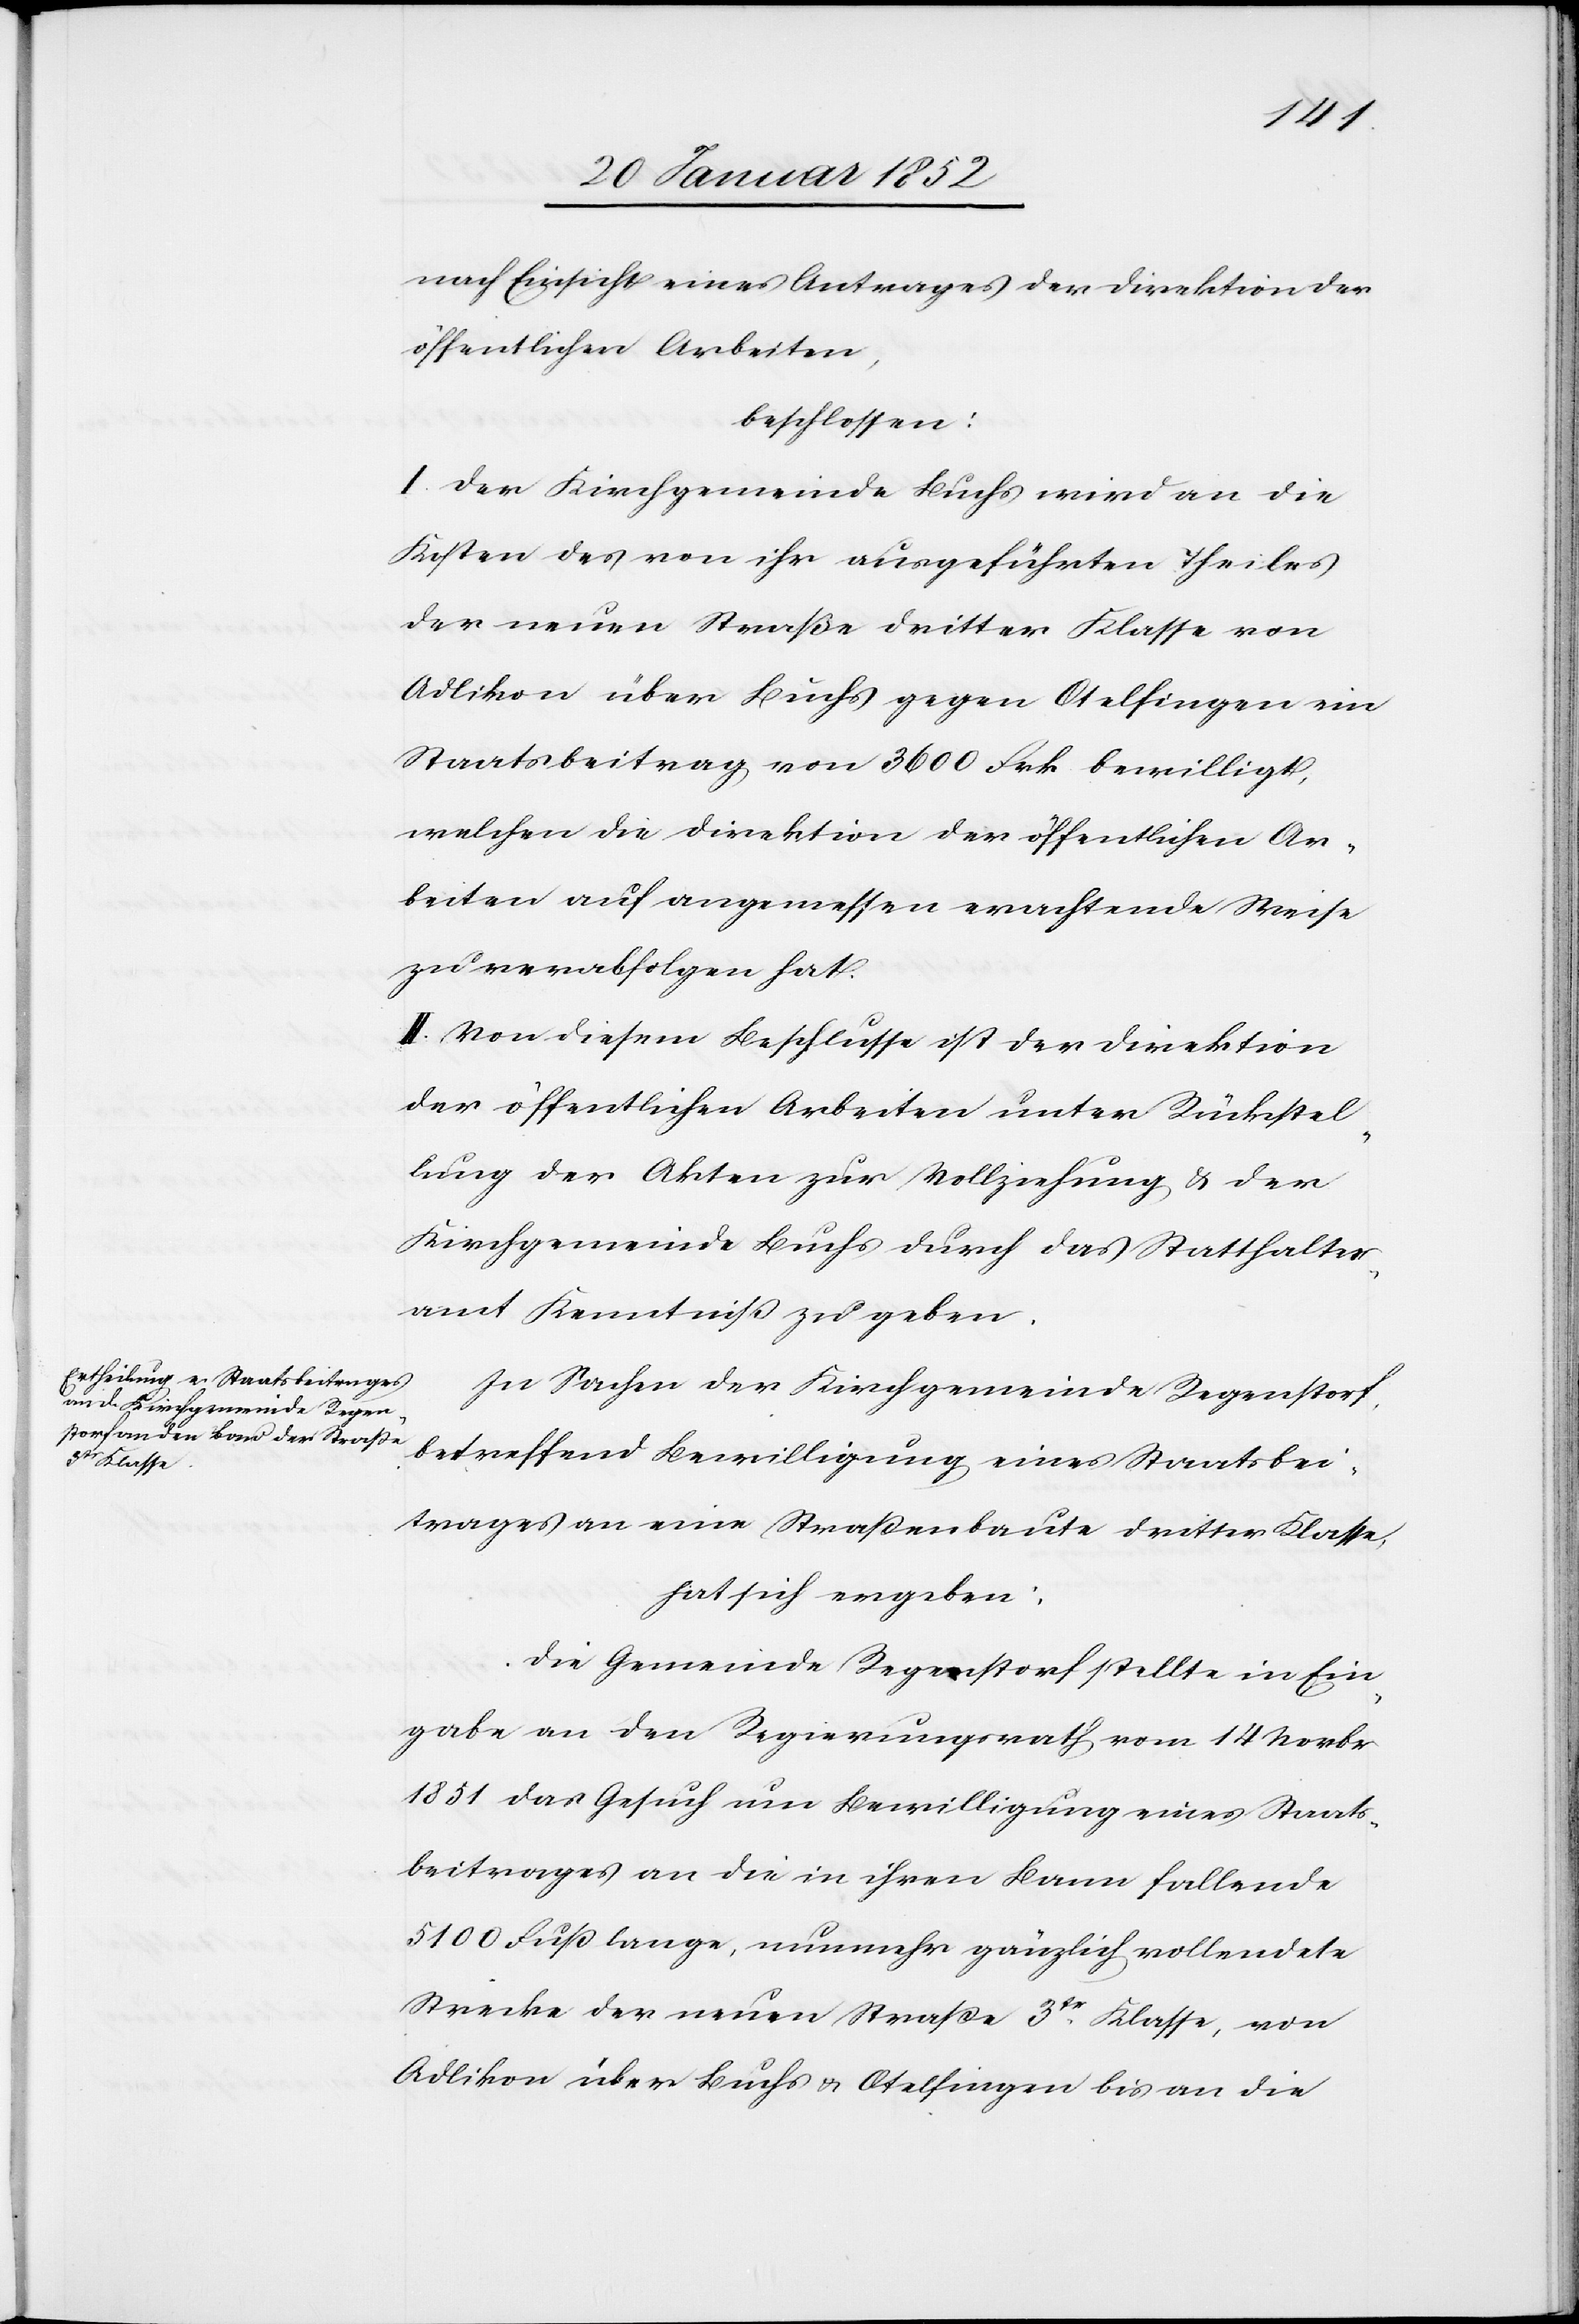
nach Einsicht eines Antrages der Direktion der
öffentlichen Arbeiten,
beschlossen:
I. Der Kirchgemeinde Buchs wird an die
Kosten des von ihr ausgeführten Theiles
der neuen Straße dritter Klasse von
Adlikon über Buchs gegen Otelfingen ein
Staatsbeitrag von 3600 Frk. bewilligt,
welchen die Direktion der öffentlichen Ar¬
beiten auf angemessen erachtende weise
zu verabfolgen hat.
II. Von diesem Beschlusse ist der Direktion
der öffentlichen Arbeiten unter Rückstel¬
lung der Akten zur Vollziehung, u. der
Kirchgemeinde Buchs durch das Statthalter¬
amt Kenntniß zu geben.
In Sachen der Kirchgemeinde Regenstorf,
betreffend Bewilligung eines Staatsbei¬
trages an eine Straßenbaute dritter Klasse,
hat sich ergeben:
Die Gemeinde Regenstorf stellte in Ein¬
gabe an den Regierungsrath vom 14 Novbr
1851 das Gesuch um Bewilligung eines Staats¬
beitrages von die in ihren Bann fallende
5100 Fuß lange, nunmehr gänzlich vollendete
Strecke der neuen Straße 3tr Klasse, von
Adlikon über Buchs u. Otelfingen bis an die